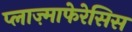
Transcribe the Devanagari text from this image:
प्लाज़्माफेरेसिस